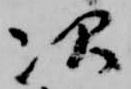
次